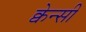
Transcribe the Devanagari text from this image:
क्वेन्सी